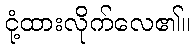
ငုံ့ထားလိုက်လေ၏။